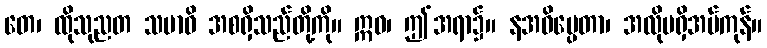
တေ၊ ထိုသုညတ သမာဓိ အစရှိသည်တို့ကို။ ဣဓ၊ ဤအရာ၌။ နအဓိပ္ပေတာ၊ အလိုမရှိအပ်ကုန်။